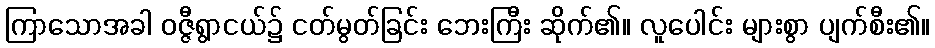
ကြာသောအခါ ဝဇ္ဇီရွာငယ်၌ ငတ်မွတ်ခြင်း ဘေးကြီး ဆိုက်၏။ လူပေါင်း များစွာ ပျက်စီး၏။